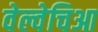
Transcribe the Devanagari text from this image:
वेल्वेचिआ